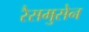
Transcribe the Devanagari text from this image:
रैसमुसेन